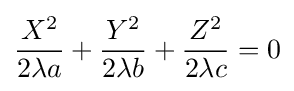
{\frac {X^{2}}{2\lambda a}}+{\frac {Y^{2}}{2\lambda b}}+{\frac {Z^{2}}{2\lambda c}}=0